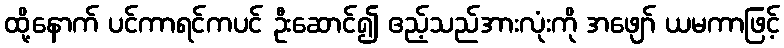
ထို့နောက် ပင်ကာရင်ကပင် ဦးဆောင်၍ ဧည့်သည်အားလုံးကို အဖျော် ယမကာဖြင့်